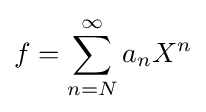
f=\sum _{n=N}^{\infty }a_{n}X^{n}